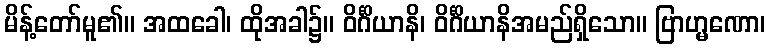
မိန့်တော်မူ၏။ အထခေါ၊ ထိုအခါ၌။ ဝိင်္ဂိယာနိ၊ ဝိင်္ဂိယာနိအမည်ရှိသော။ ဗြာဟ္မဏော၊